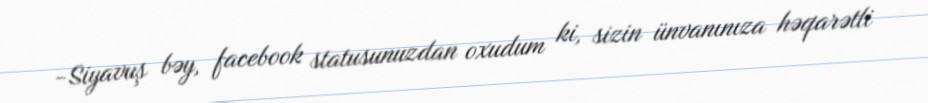
-Siyavuş bəy, facebook statusunuzdan oxudum ki, sizin ünvanınıza həqarətli